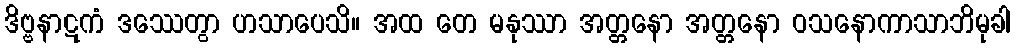
ဒိဗ္ဗနာဋကံ ဒဿေတွာ ဟသာပေသိ။ အထ တေ မနုဿာ အတ္တနော အတ္တနော ဝသနောကာသာဘိမုခါ